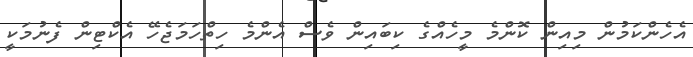
އެހެންކަމުން މިއިން ކޮންމެ މީހެއްގެ ކިބައިން ވެސް އެންމެ ހިތްހަމަޖެހޭ އެކްޓިން ފެނުމަކީ